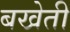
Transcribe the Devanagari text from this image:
बखेती